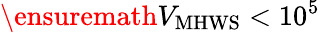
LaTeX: \ensuremath{V_{\mathrm{MHWS}}}<10^{5}